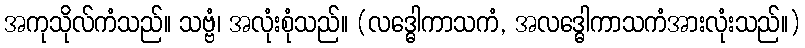
အကုသိုလ်ကံသည်။ သဗ္ဗံ၊ အလုံးစုံသည်။ (လဒ္ဓေါကာသကံ, အလဒ္ဓေါကာသကံအားလုံးသည်။)